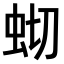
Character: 𫊧